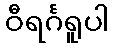
ဝီရင်္ဂရူပါ